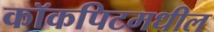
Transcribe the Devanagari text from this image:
कॉकपिटमधील